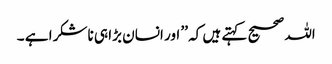
اللہ صحیح کہتے ہیں کہ ’’ اور انسان بڑا ہی ناشکرا ہے ۔